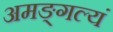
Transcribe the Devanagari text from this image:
अमङ्गल्यं